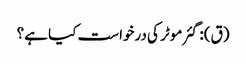
(ق): گئر موٹر کی درخواست کیا ہے؟